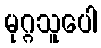
မုဂ္ဂသူပေါ